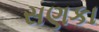
સણકા